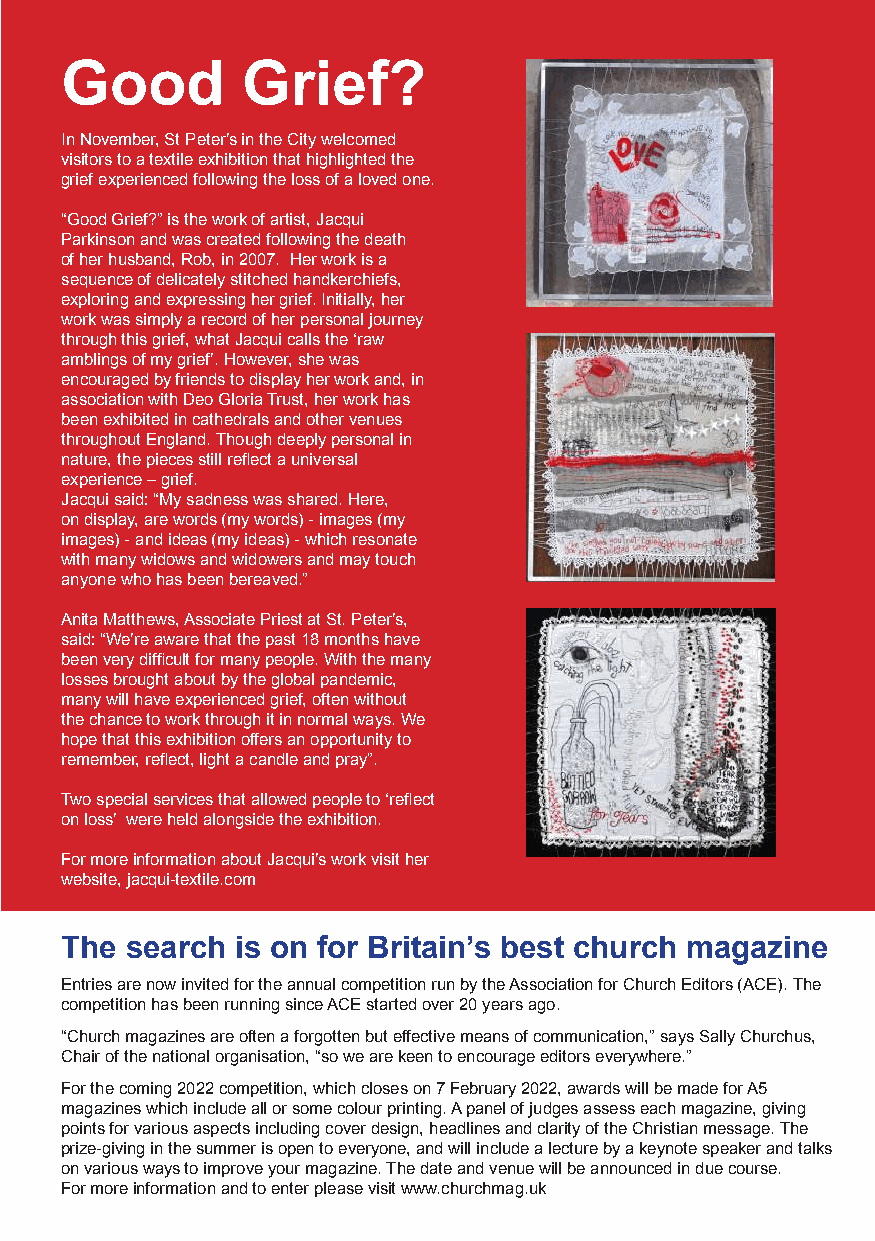
Good        Grief?
 In November, St Peter’s in the City welcomed
 visitors to a textile exhibition that highlighted the
 grief experienced following the loss of a loved one.
 “Good Grief?” is the work of artist, Jacqui
 Parkinson and was created following the death
 of her husband, Rob, in 2007. Her work is a
 sequence of delicately stitched handkerchiefs,
 exploring and expressing her grief. Initially, her
 work was simply a record of her personal journey
 through this grief, what Jacqui calls the ‘raw
 amblings of my grief’. However, she was
 encouraged by friends to display her work and, in
 association with Deo Gloria Trust, her work has
 been exhibited in cathedrals and other venues
 throughout England. Though deeply personal in
 nature, the pieces still reflect a universal
 experience – grief.
 Jacqui said: “My sadness was shared. Here,
 on display, are words (my words) - images (my
 images) - and ideas (my ideas) - which resonate
 with many widows and widowers and may touch
 anyone who has been bereaved.”
 Anita Matthews, Associate Priest at St. Peter’s,
 said: “We’re aware that the past 18 months have
 been very difficult for many people. With the many
 losses brought about by the global pandemic,
 many will have experienced grief, often without
 the chance to work through it in normal ways. We
 hope that this exhibition offers an opportunity to
 remember, reflect, light a candle and pray”.
 Two special services that allowed people to ‘reflect
 on loss’ were held alongside the exhibition.
 For more information about Jacqui’s work visit her
 website, jacqui-textile.com
 The search  is on for Britain’s best church magazine
 Entries are now invited for the annual competition run by the Association for Church Editors (ACE). The
 competition has been running since ACE started over 20 years ago.
 “Church magazines are often a forgotten but effective means of communication,” says Sally Churchus,
 Chair of the national organisation, “so we are keen to encourage editors everywhere.”
 For the coming 2022 competition, which closes on 7 February 2022, awards will be made for A5
 magazines which include all or some colour printing. A panel of judges assess each magazine, giving
 points for various aspects including cover design, headlines and clarity of the Christian message. The
 prize-giving in the summer is open to everyone, and will include a lecture by a keynote speaker and talks
 on various ways to improve your magazine. The date and venue will be announced in due course.
 For more information and to enter please visit www.churchmag.uk